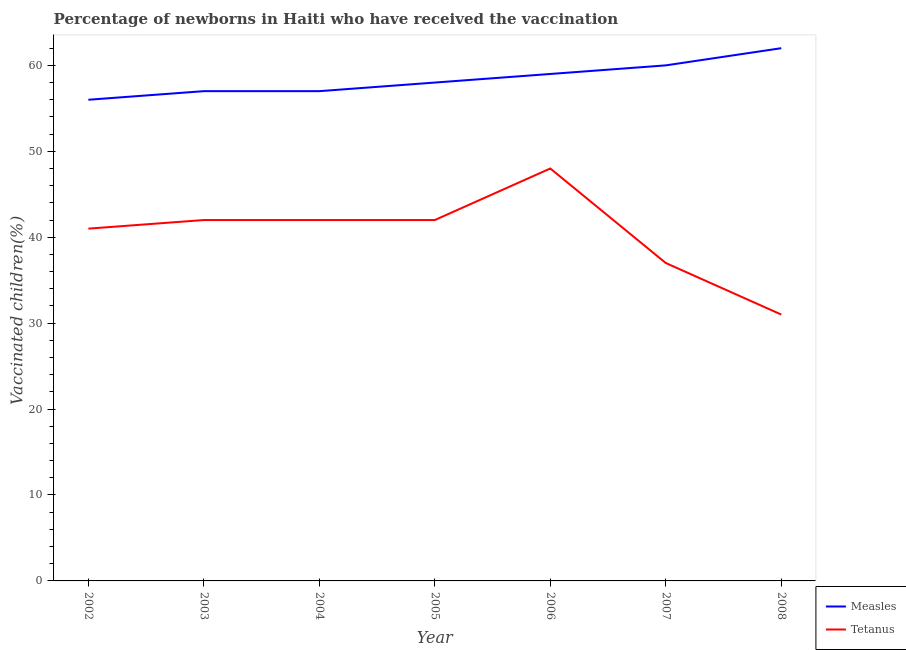
| Year | Measles | Tetanus |
 | --- | --- | --- |
 | 2002 | 56 | 41 |
 | 2003 | 57 | 42 |
 | 2004 | 57 | 42 |
 | 2005 | 58 | 42 |
 | 2006 | 59 | 48 |
 | 2007 | 60 | 37 |
 | 2008 | 62 | 31 |